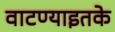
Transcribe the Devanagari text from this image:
वाटण्याइतके